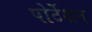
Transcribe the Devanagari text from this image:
पोर्टेशन